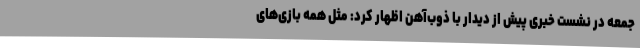
جمعه در نشست خبری پیش از دیدار با ذوب‌آهن اظهار کرد: مثل همه بازی‌های